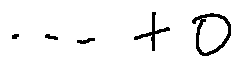
\cdots + o